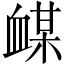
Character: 𲀙